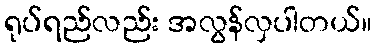
ရုပ်ရည်လည်း အလွန်လှပါတယ်။